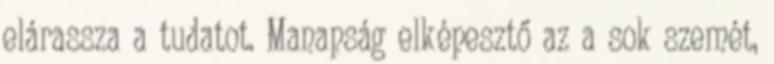
elárassza a tudatot. Manapság elképesztő az a sok szemét,